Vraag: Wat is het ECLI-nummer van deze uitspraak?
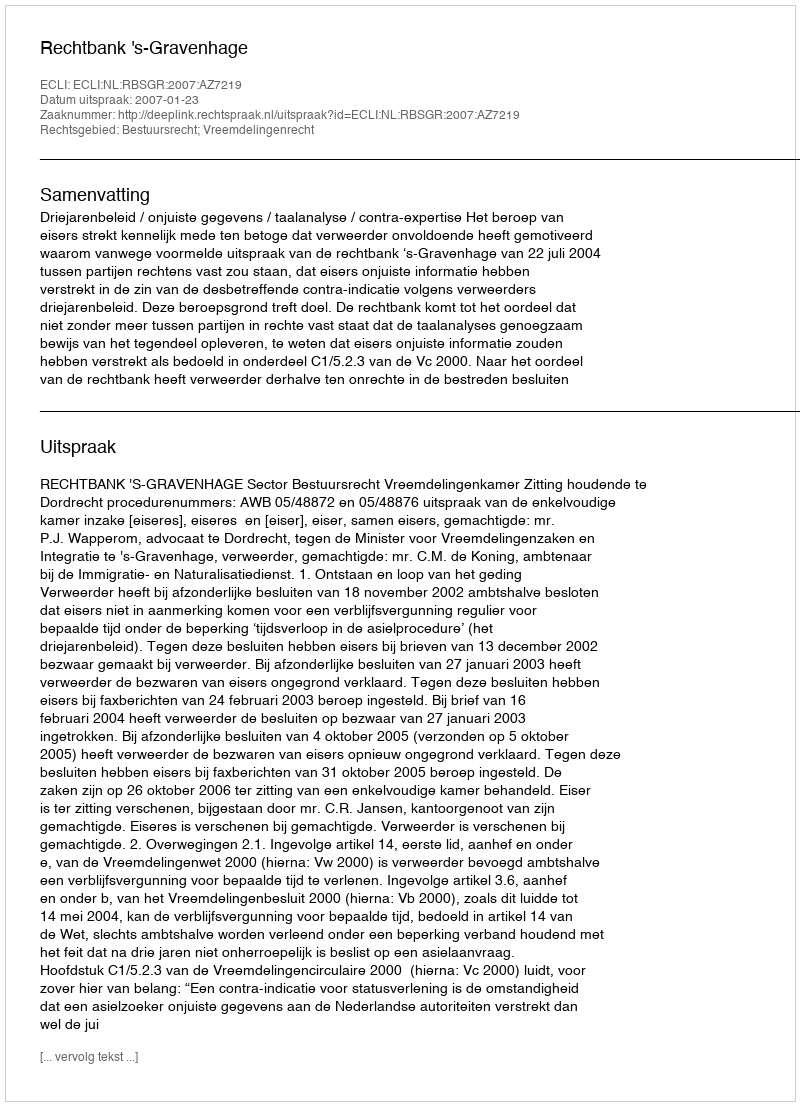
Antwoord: ECLI:NL:RBSGR:2007:AZ7219